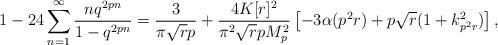
LaTeX: \begin{align*}1-24\sum^{\infty}_{n=1}\frac{nq^{2pn}}{1-q^{2pn}}=\frac{3}{\pi\sqrt{r}p}+\frac{4K[r]^2}{\pi^2\sqrt{r}pM^2_p }\left[-3\alpha(p^2r)+p\sqrt{r}(1+k^2_{p^2r})\right],\end{align*}